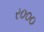
ર૦૦૦